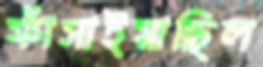
ফাঁসাইয়াছিল